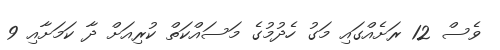
ވެސް 12 ރަށެއްގައި މަގު ހެދުމުގެ މަސައްކަތް ކުރިއަށް ދާ ކަމަށާއި 9